Report of the Indian Hemp Drugs Commission, 1894-1895 - Volume I
Year: 1894
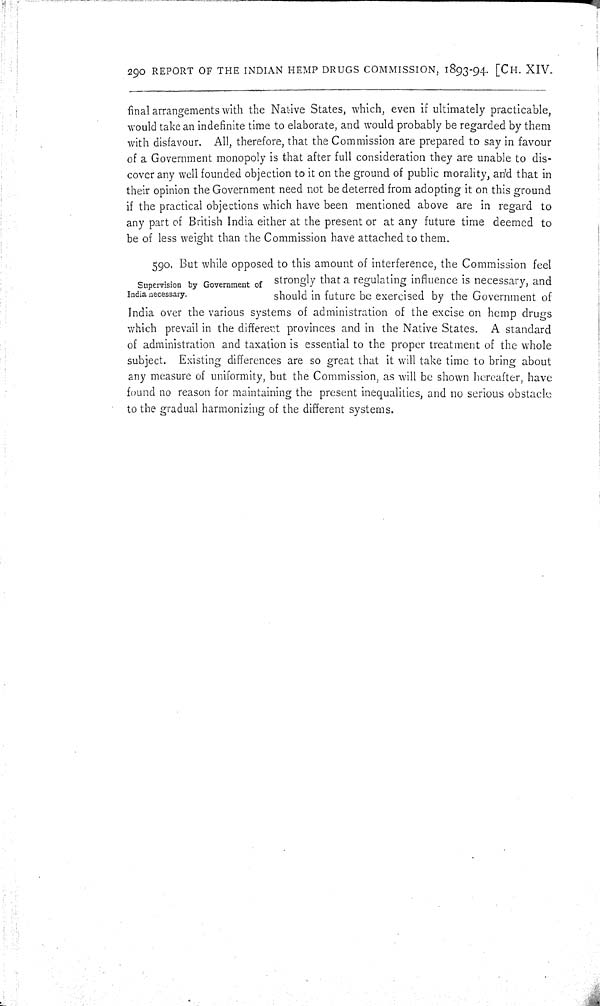
290 REPORT OF THE INDIAN HEMP DRUGS COMMISSION, 1893-94. [CH. XIV.
final arrangements with the Native States, which, even if ultimately practicable,
would take an indefinite time to elaborate, and would probably be regarded by them
with disfavour. All, therefore, that the Commission are prepared to say in favour
of a Government monopoly is that after full consideration they are unable to dis-
cover any well founded objection to it on the ground of public morality, and that in
their opinion the Government need not be deterred from adopting it on this ground
if the practical objections which have been mentioned above are in regard to
any part of British India either at the present or at any future time deemed to
be of less weight than the Commission have attached to them.
Supervision by Government of
India necessary.
590. But while opposed to this amount of interference, the Commission feel
strongly that a regulating influence is necessary, and
should in future be exercised by the Government of
India over the various systems of administration of the excise on hemp drugs
which prevail in the different provinces and in the Native States. A standard
of administration and taxation is essential to the proper treatment of the whole
subject. Existing differences are so great that it will take time to bring about
any measure of uniformity, but the Commission, as will be shown hereafter, have
found no reason for maintaining the present inequalities, and no serious obstacle
to the gradual harmonizing of the different systems.